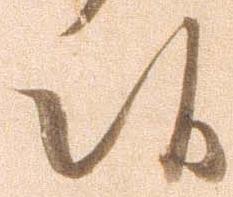
候